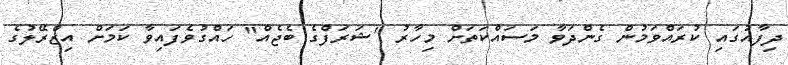
ދިފާއުގައި ކުރައްވަމުން ގެންދަވާ މަސައްކަތަށް މިހާރު "ޝަރަފްގެ ބެޖެއް" ހައްގުވެފައިވާ ކަމަށް އިޒްރޭލުގެ